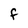
Character: F